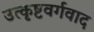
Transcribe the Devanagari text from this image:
उत्कृष्टवर्गवाद